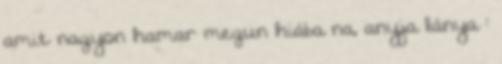
amit nagyon hamar megun hiába na, anyja lánya :